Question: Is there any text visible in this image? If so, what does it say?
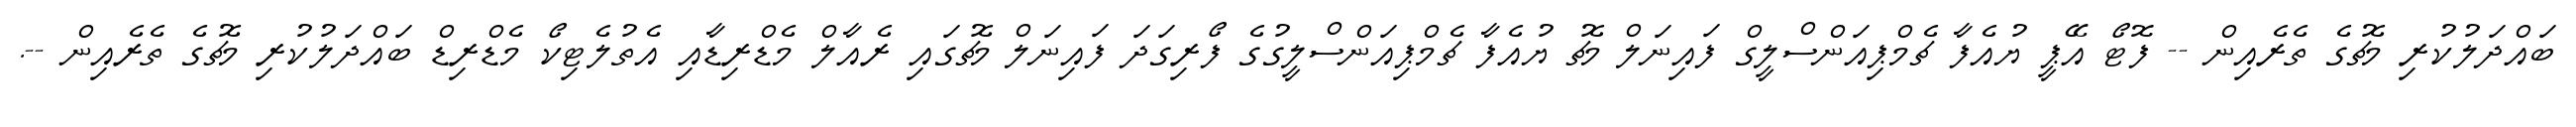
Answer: ބައްދަލުކުރި މެޗުގެ ތެރެއިން -- ފޮޓޯ އޭޕީ ޔުއެފާ ޗެމްޕިއަންސްލީގް ފައިނަލް މެޗު ޔުއެފާ ޗެމްޕިއަންސްލީގުގެ ފޯރިގަދަ ފައިނަލް މެޗުގައި ރެއާލް މެޑްރިޑާއި އެތުލެޓިކޯ މެޑްރިޑް ބައްދަލުކުރި މެޗުގެ ތެރެއިން --.